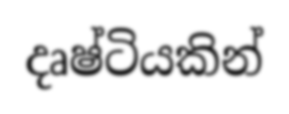
දෘෂ්ටියකින්